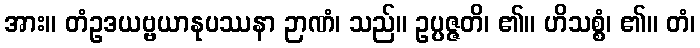
အား။ တံဥဒယဗ္ဗယာနုပဿနာ ဉာဏံ၊ သည်။ ဥပ္ပဇ္ဇတိ၊ ၏။ ဟိသစ္စံ၊ ၏။ တံ၊